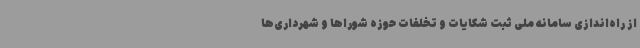
از راه‌اندازی سامانه ملی ثبت شکایات و تخلفات حوزه شوراها و شهرداری‌ها